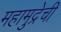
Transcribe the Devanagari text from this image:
महामुद्रेची